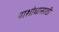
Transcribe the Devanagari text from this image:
याशोधासाठी